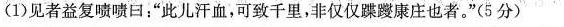
(1)见者益复啧啧曰：”此儿汗血，可致千里，非仅仅蹀躞康庄也者。”(5分)